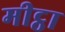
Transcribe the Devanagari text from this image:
मीट्ठा